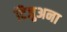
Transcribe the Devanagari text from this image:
टिजुअना